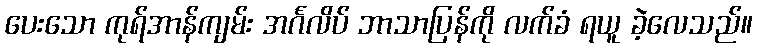
ပေးသော ကုရ်အာန်ကျမ်း အင်္ဂလိပ် ဘာသာပြန်ကို လက်ခံ ရယူ ခဲ့လေသည်။